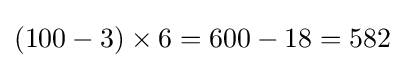
(100-3)\times 6=600-18=582